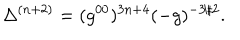
LaTeX: \Delta ^ { ( n + 2 ) } = ( g ^ { 0 0 } ) ^ { 3 n + 4 } ( - g ) ^ { - 3 / 2 } .